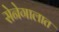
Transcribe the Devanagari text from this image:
सेनेगालात